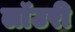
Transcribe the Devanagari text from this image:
लाॅउरी